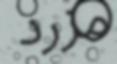
مزرد